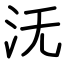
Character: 𣲘